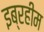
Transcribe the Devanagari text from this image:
इब्रहीम